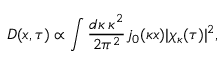
D ( x , \tau ) \propto \int \frac { d \kappa \: \kappa ^ { 2 } } { 2 \pi ^ { 2 } } j _ { 0 } ( \kappa x ) | \chi _ { \kappa } ( \tau ) | ^ { 2 } ,